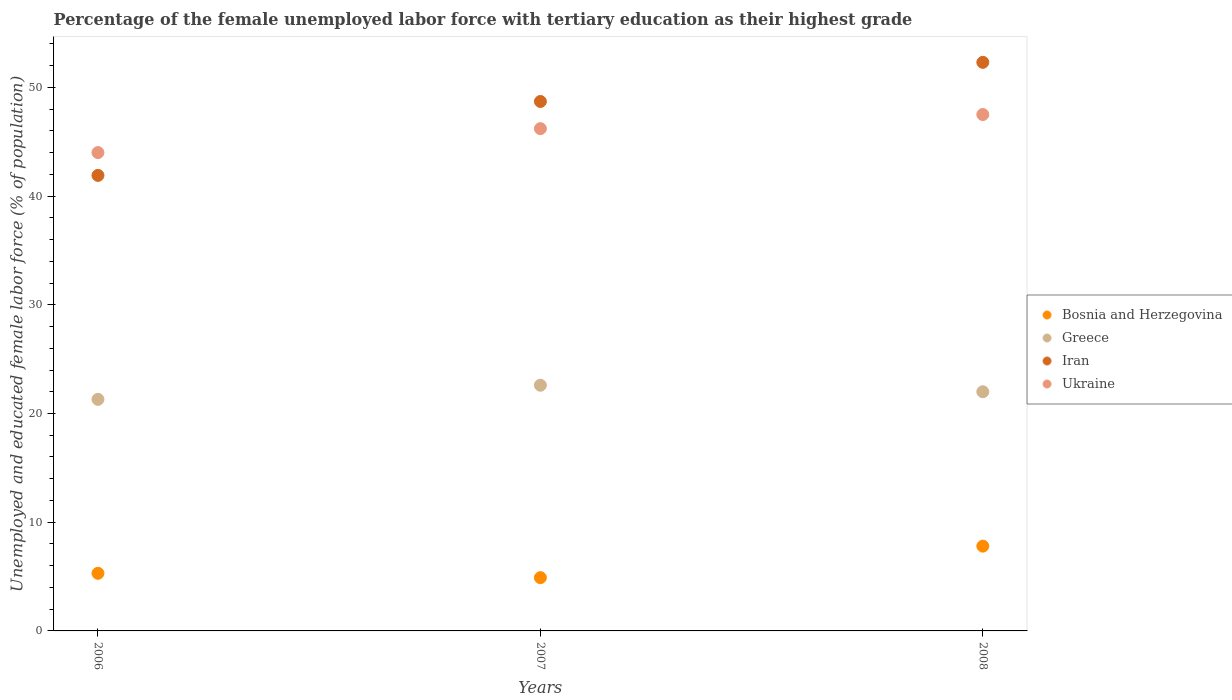
| Years | Bosnia and Herzegovina | Greece | Iran | Ukraine |
 | --- | --- | --- | --- | --- |
 | 2006 | 5.3 | 21.3 | 41.9 | 44 |
 | 2007 | 4.9 | 22.6 | 48.7 | 46.2 |
 | 2008 | 7.8 | 22 | 52.3 | 47.5 |